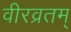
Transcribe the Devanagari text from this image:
वीरव्रतम्‌